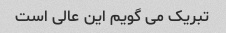
تبریک می گویم این عالی است